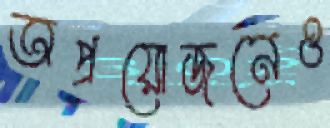
অপ্রয়োজনেও